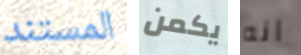
المستند يكمن انه